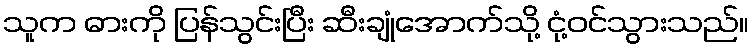
သူက ဓားကို ပြန်သွင်းပြီး ဆီးချုံအောက်သို့ ငုံ့ဝင်သွားသည်။